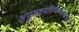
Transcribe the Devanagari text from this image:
अयुतद्वयविष्कम्भस्यासन्नो